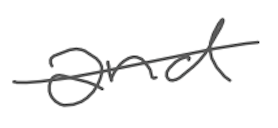
Text: and
Cross-out: single-line
Writing tool: digital_gray